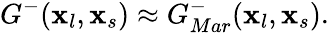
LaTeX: G^{-}(\textbf{x}_{l},\textbf{x}_{s})\approx G_{Mar}^{-}(\textbf{x}_{l},\textbf{x}_{s}).